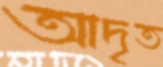
আদৃত